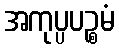
အကုပ္ပပဉ္စမံ